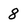
Character: 8